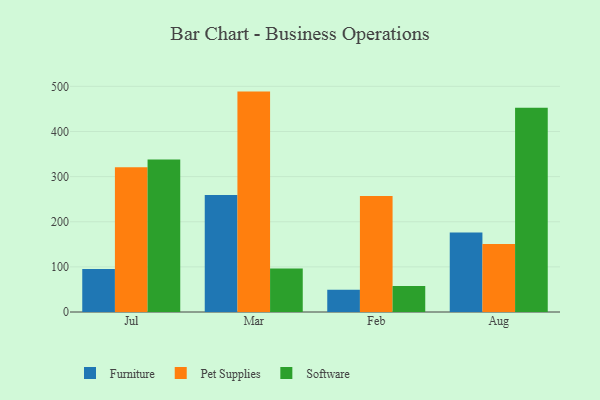
{"axis": {"x": "Month", "y": "Headcount"}, "legend": ["Furniture", "Pet Supplies", "Software"], "data": [{"x": "Jul", "y": 95.5, "type": "Furniture"}, {"x": "Jul", "y": 320.5, "type": "Pet Supplies"}, {"x": "Jul", "y": 338.2, "type": "Software"}, {"x": "Mar", "y": 259.4, "type": "Furniture"}, {"x": "Mar", "y": 488.4, "type": "Pet Supplies"}, {"x": "Mar", "y": 96.5, "type": "Software"}, {"x": "Feb", "y": 49.4, "type": "Furniture"}, {"x": "Feb", "y": 257.1, "type": "Pet Supplies"}, {"x": "Feb", "y": 57.5, "type": "Software"}, {"x": "Aug", "y": 176.2, "type": "Furniture"}, {"x": "Aug", "y": 150.8, "type": "Pet Supplies"}, {"x": "Aug", "y": 452.7, "type": "Software"}]}